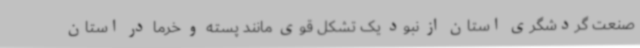
صنعت گردشگری استان از نبود یک تشکل قوی مانند پسته و خرما در استان